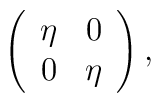
\left(\begin{array}{cc} \eta & 0 \\ 0 & \eta \end{array}\right),